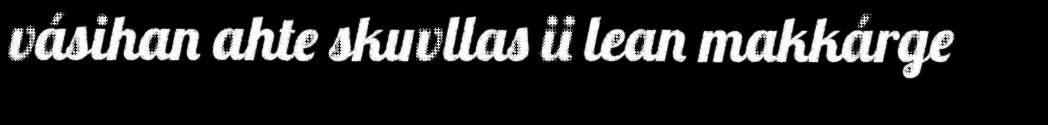
vásihan ahte skuvllas ii lean makkárge